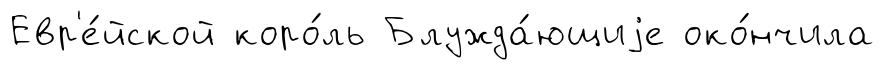
Евр'е́йской коро́ль Блужда́ющиjе око́нчила